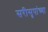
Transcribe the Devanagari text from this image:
सरीसृपांच्या